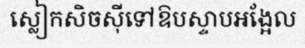
ស្លៀកសិចស៊ីទៅឱបស្ទាបអង្អែល